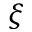
\xi